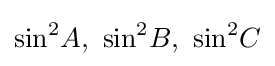
\sin ^{2}\!A,\ \sin ^{2}\!B,\ \sin ^{2}\!C